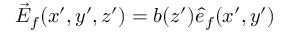
\vec { E } _ { f } ( x ^ { \prime } , y ^ { \prime } , z ^ { \prime } ) = b ( z ^ { \prime } ) \hat { e } _ { f } ( x ^ { \prime } , y ^ { \prime } )